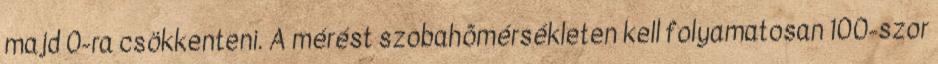
majd 0-ra csökkenteni. A mérést szobahõmérsékleten kell folyamatosan 100-szor